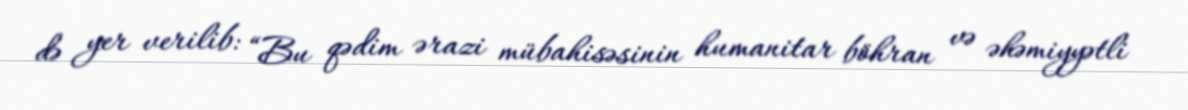
də yer verilib: “Bu qədim ərazi mübahisəsinin humanitar böhran və əhəmiyyətli